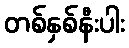
တစ်နှစ်နီးပါး